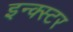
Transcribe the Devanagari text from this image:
इन्क्स्टर